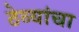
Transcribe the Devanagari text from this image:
ठेव्यांचा